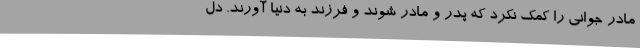
مادر جوانی را کمک نکرد که پدر و مادر شوند و فرزند به دنیا آورند. دل